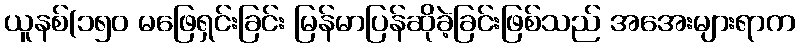
ယူနစ်(၁၅၀ မဖြေရှင်းခြင်း မြန်မာပြန်ဆိုခဲ့ခြင်းဖြစ်သည် အအေးများရာက